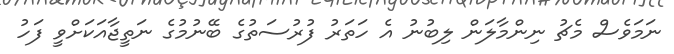
ނަމަވެސް މެޗު ނިންމާލަން ލިބުނު އެ ހަތަރު ފުރުސަތުގެ ބޭނުމުގެ ނަތީޖާއަކަށްވީ ފަހު